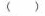
( )